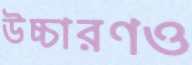
উচ্চারণও